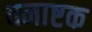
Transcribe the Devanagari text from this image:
वनाष्टक